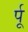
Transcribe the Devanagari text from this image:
र्पू